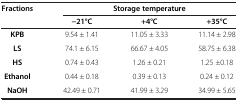
| <ROWSPAN=2> Fractions | <COLSPAN=3> Storage temperature |
 | −21°C | +4°C | +35°C |
 | --- | --- | --- | --- |
 | KPB | 9.54 ± 1.41 | 11.05 ± 3.33 | 11.14 ± 2.98 |
 | LS | 74.1 ± 6.15 | 66.67 ± 4.05 | 58.75 ± 6.38 |
 | HS | 0.74 ± 0.43 | 1.26 ± 0.21 | 1.25 ±0.18 |
 | Ethanol | 0.44 ± 0.18 | 0.39 ± 0.13 | 0.24 ± 0.12 |
 | NaOH | 42.49 ± 0.71 | 41.99 ± 3.29 | 34.99 ± 5.65 |